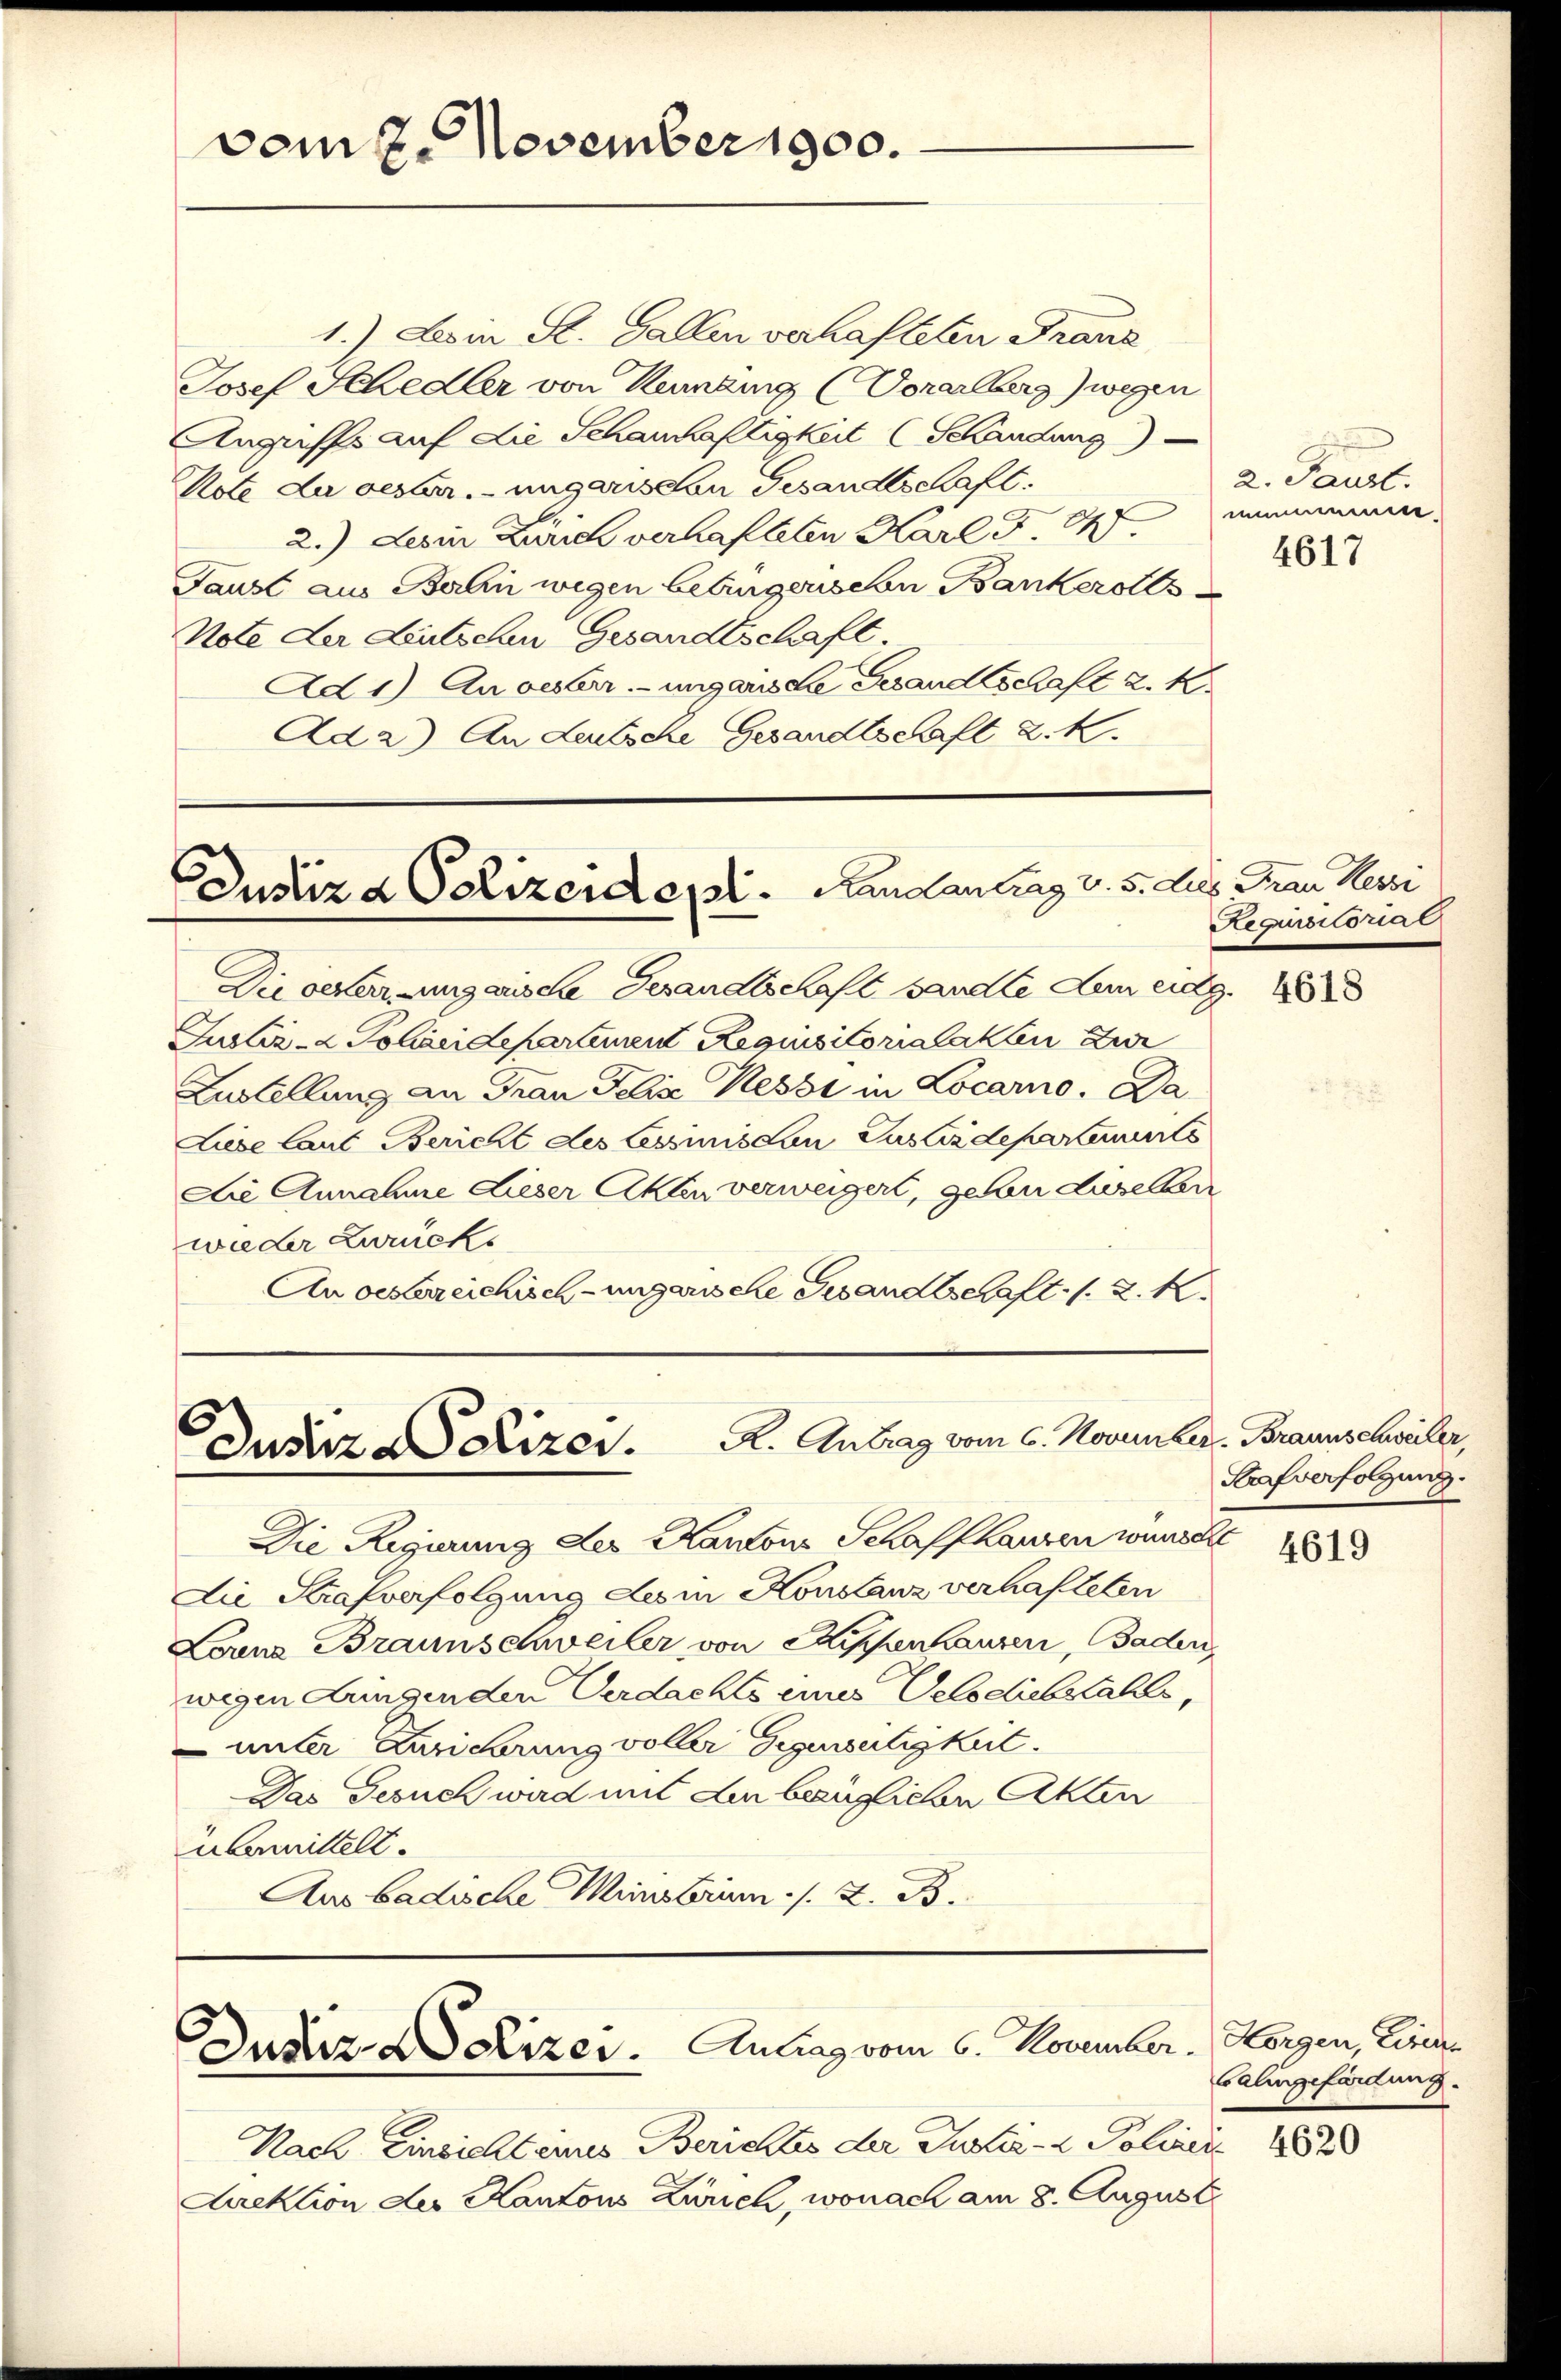
vom 7. November 1900.

1.) Ein St. Gallen verhafteten Franz
Josef Schedler von Reming (Vorarlberg) wegen
Angriffs auf die Schanhaftigkeit (Schändung
Note da vester. - ungarischen Gesandtschaft.
2.) des in Zürich verhafteten Karl d 14
Faust aus Balin wegen betrügerischen Bankerolls
Note der Leutschen Gesandtschaft.
Ad 1) An oesterr.-ungarische Gesandtschaft 2. 10.
Ad 2) An Leutsche Gesandtschaft d. M.

Justiz & Polizeident. Handantrag v. 5.

Die oeker ungarische Gesandtschaft sandte Lein eidg.
Justiz- & Polizeidepartinen Regisitorialakten dur
Lustellung an Frau Felix Kessi in Locarno. Da
Liebe laut Bericht des Lessinisten Justizdepartements
Die Annahme dieser Akten verweigert, geben daselben
wieder Zurücks
An oestereichisch-ungarische Gesandtschaft. 1. 2. K.

Dusirza Polizer. A. Antrag vom 6. Nonnle

Justiz Heizer. Antrag vom 6. November. Horgen, Lise

Die Regierung der Kantons Schaffhausen wünsche
Die Strafverfolgung des in Konstanz verhafteten
Lorene Braunschweiler von Rippenhausen, Baden,
wegen dringenden Verdachts eines Velodiebstahls,
 unter Zuzierung voller Gegenseitigkeit.
Das Gesuch wird mit den bezüglichen Akten
übermittelt.
Aus badische Ministrum ./. z. B.

Nach Einsicht eines Berichtes der Zustiz- & Polizeis
Airektion des Kantons Zürich, wonach am 8. August

2. Paurt.
nnemen

4617

tes Frau Kessi
Requisitorial

4618

2. Braunschweiler,
Strafverfolgung.

4619

4620

Balingefürdung